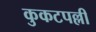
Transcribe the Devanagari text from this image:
कुकटपल्ली